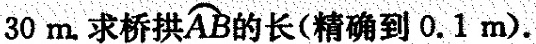
30m。求桥拱\stackrel\frown{AB} 的长(精确到0.1m).